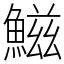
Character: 鰦